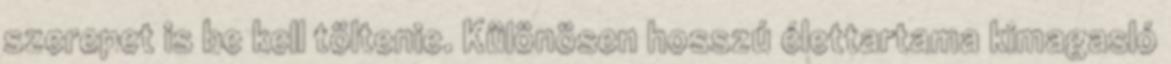
szerepet is be kell töltenie. Különösen hosszú élettartama kimagasló